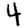
Digit: 4